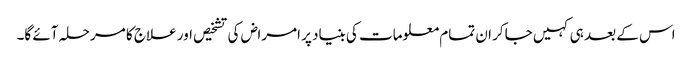
اس کے بعد ہی کہیں جاکر ان تمام معلومات کی بنیاد پر امراض کی تشخیص اور علاج کا مرحلہ آئے گا۔